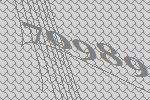
70989